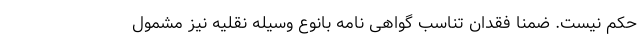
حکم نیست. ضمنا فقدان تناسب گواهی نامه بانوع وسیله نقلیه نیز مشمول